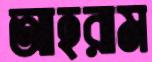
আহরাম